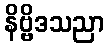
နိဗ္ဗိဒသညာ